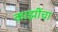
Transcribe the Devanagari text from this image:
काझींचा